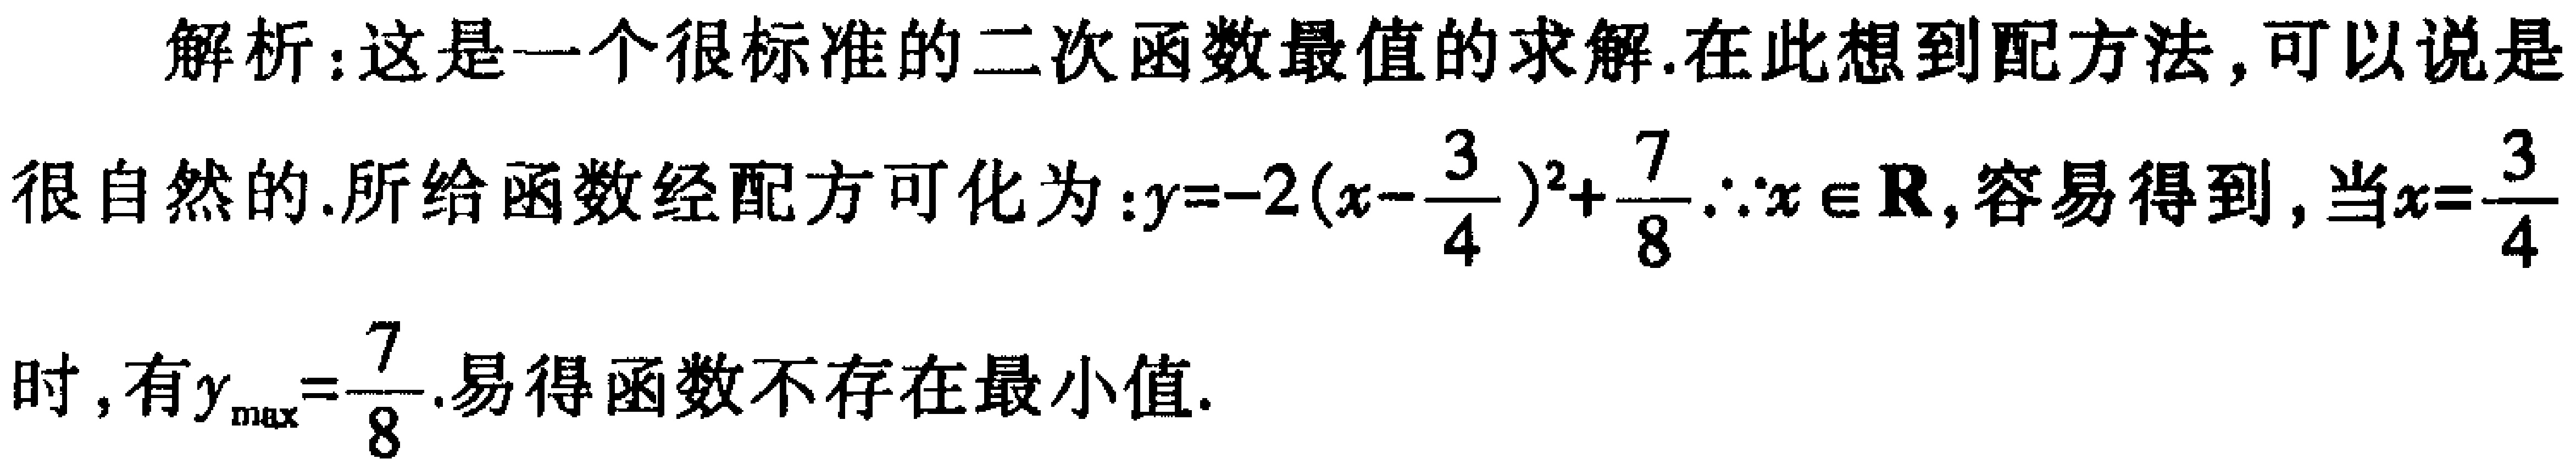
解析：这是一个很标准的二次函数最值的求解.在此想到配方法，可以说是很自然的.所给函数经配方可化为：\(y = - 2(x - \frac{3}{4})^2+\frac{7}{8}\).\(\because x\in\mathbf{R}\)，容易得到，当\(x = \frac{3}{4}\)时，有\(y_{\max}=\frac{7}{8}\).易得函数不存在最小值.